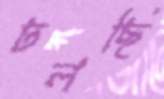
ঢলছি